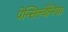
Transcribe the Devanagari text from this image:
पेन्सिल्वैनिया